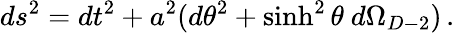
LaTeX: ds^{2}=dt^{2}+a^{2}(d\theta^{2}+\sinh^{2}\theta\ d\Omega_{D-2})\, .